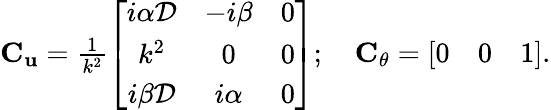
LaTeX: \begin{array}{r}{\mathbf{C}_{\mathbf{u}}=\frac{1}{k^{2}}\left[\begin{array}{ccc}{i\alpha\mathcal{D}}&{-i\beta}&{0}\\ {k^{2}}&{0}&{0}\\ {i\beta\mathcal{D}}&{i\alpha}&{0}\end{array}\right];~~~~\mathbf{C}_{\theta}=\left[\begin{array}{ccc}{0}&{0}&{1}\end{array}\right].}\end{array}